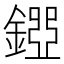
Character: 𨪐